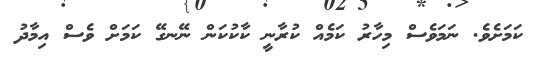
ކަމަށެވެ. ނަމަވެސް މިހާރު ކަމެއް ކުރާނީ ކާކުކަން ނޭނގޭ ކަމަށް ވެސް އިމާދު